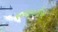
પરવાનગીએ